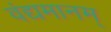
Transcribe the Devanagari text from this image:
वंद्यमानम्